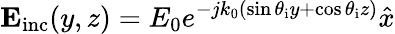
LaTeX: \mathbf{E}_{\mathrm{inc}}(y,z)=E_{0}e^{-jk_{0}(\sin\theta_{\mathrm{i}}y+\cos\theta_{\mathrm{i}}z)}\hat{x}